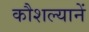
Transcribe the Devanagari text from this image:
कौशल्यानें